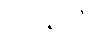
ပလ္လလံ